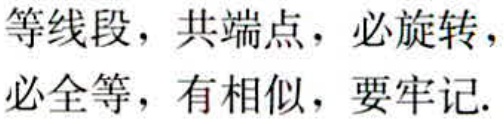
等线段，共端点，必旋转，必全等，有相似，要牢记.